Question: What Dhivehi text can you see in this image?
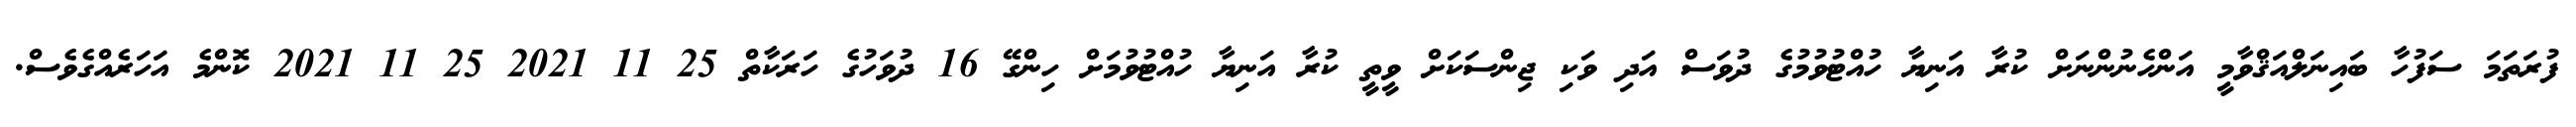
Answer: ފުރަތަމަ ސަފުހާ ބައިނަލްއަޤްވާމީ އަންހެނުންނަށް ކުރާ އަނިޔާ ހުއްޓުވުމުގެ ދުވަސް އަދި ވަކި ޖިންސަކަށް ވީތީ ކުރާ އަނިޔާ ހުއްޓުވުމަށް ހިންގޭ 16 ދުވަހުގެ ހަރަކާތް 25 11 2021 25 11 2021 ކޮންމެ އަހަރެއްގެވެސް.